On the importance of larval characters in the classification of mosquitoes - Number 25
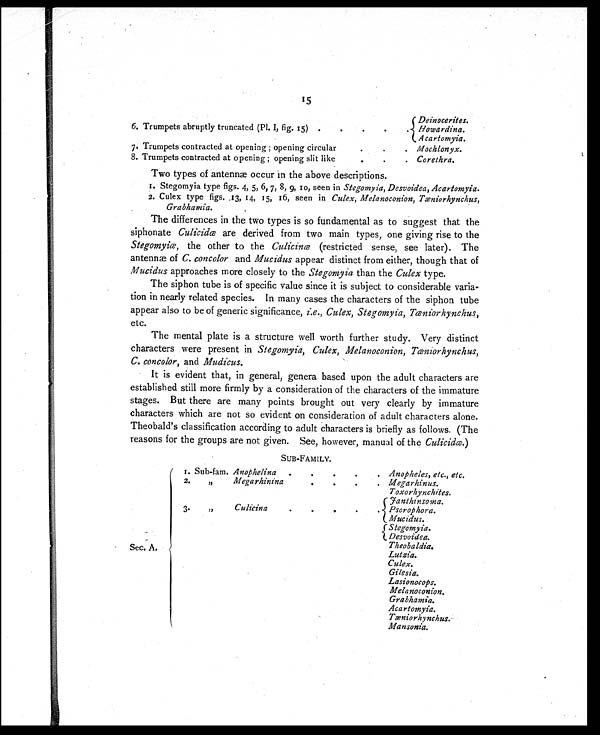
15
Deinocerites.
6. Trumpets abruptly truncated (Pl. I, fig. 15) .
.
. .
. Howardina.
Acartomyia.
7. Trumpets contracted at opening ; opening circula
. .
. Mochlonyx.
8. Trumpets contracted at opening ; opening slit like
. .
. Corethra.
Two types of antennæ occur in the above descriptions.
1. Stegomyia type figs. 4, 5, 6, 7, 8, 9, 10, seen in Stegomyia, Desvoidea, Acartomyia.
2. Culex type figs. 13, 14, 15, 16, seen in Culex, Melanoconion, Tæniorhynchus,
Grabhamia.
The differences in the two types is so fundamental as to suggest that the
siphonate Culicidæ are derived from two main types, one giving rise to the
Stegomyiæ, the other to the Culicinæ (restricted sense, see later). The
antennæ of C. concolor and Mucidus appear distinct from either, though that of
Mucidus approaches more closely to the Stegomyia than the Culex type.
The siphon tube is of specific value since it is subject to considerable varia-
tion in nearly related species. In many cases the characters of the siphon tube
appear also to be of generic significance, i.e., Culex, Stegomyia, Tæniorhynchus,
etc.
The mental plate is a structure well worth further study. Very distinct
characters were present in Stegomyia, Culex, Melanoconion, Tæniorhynchus,
C. concolor, and Mudicus.
It is evident that, in general, genera based upon the adult characters are
established still more firmly by a consideration of the characters of the immature
stages. But there are many points brought out very clearly by immature
characters which are not so evident on consideration of adult characters alone.
Theobald's classification according to adult characters is briefly as follows. (The
reasons for the groups are not given. See, however, manual of the Culicidæ. )
SUB-FAMILY.
Sec. A.
1. Sub-fam. Anophelina .
.
.
.
. Anopheles, etc., etc.
2. „
Megarhinina
.
.
.
. Megarhinus.
Toxorhynchites.
Janthinsoma.
3. „
Culicina
.
.
.
.
. Psorophora.
Mucidus.
Stegomyia.
Desvoidea.
Theobaldia.
Lutzia.
Culex.
Gilesia.
Lasionocops.
Melanoconion.
Grabhamia.
Acartomyia.
Tæniorhynchus.
Mansonia.